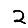
Digit: 2